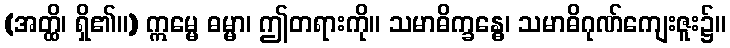
(အတ္ထိ၊ ရှိ၏။) ဣမ္မေ ဓမ္မာ၊ ဤတရားကို။ သမာဓိက္ခန္ဓေ၊ သမာဓိဂုဏ်ကျေးဇူး၌။